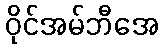
ဝိုင်အမ်ဘီအေ